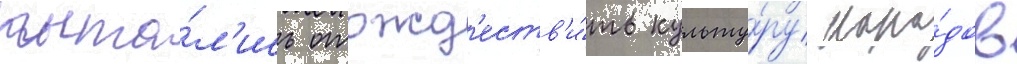
пыта́л'ись отожд'еств'и́ть культу́ру наро́дов